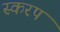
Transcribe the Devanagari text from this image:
स्करप